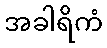
အခါရိကံ